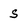
Character: S